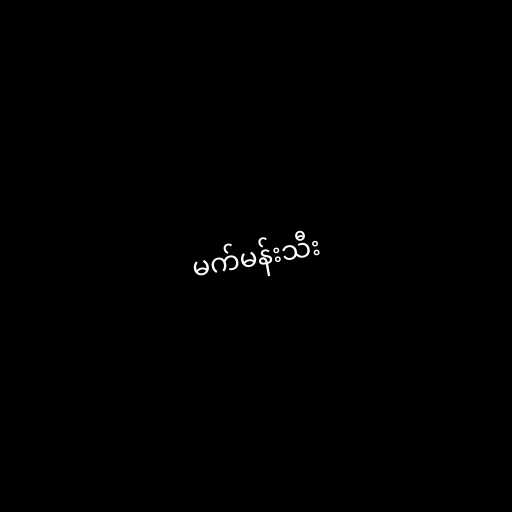
မက်မန်းသီး